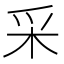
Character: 采